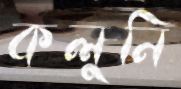
কলুনি